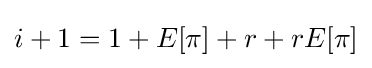
i+1=1+E[\pi ]+r+rE[\pi ]